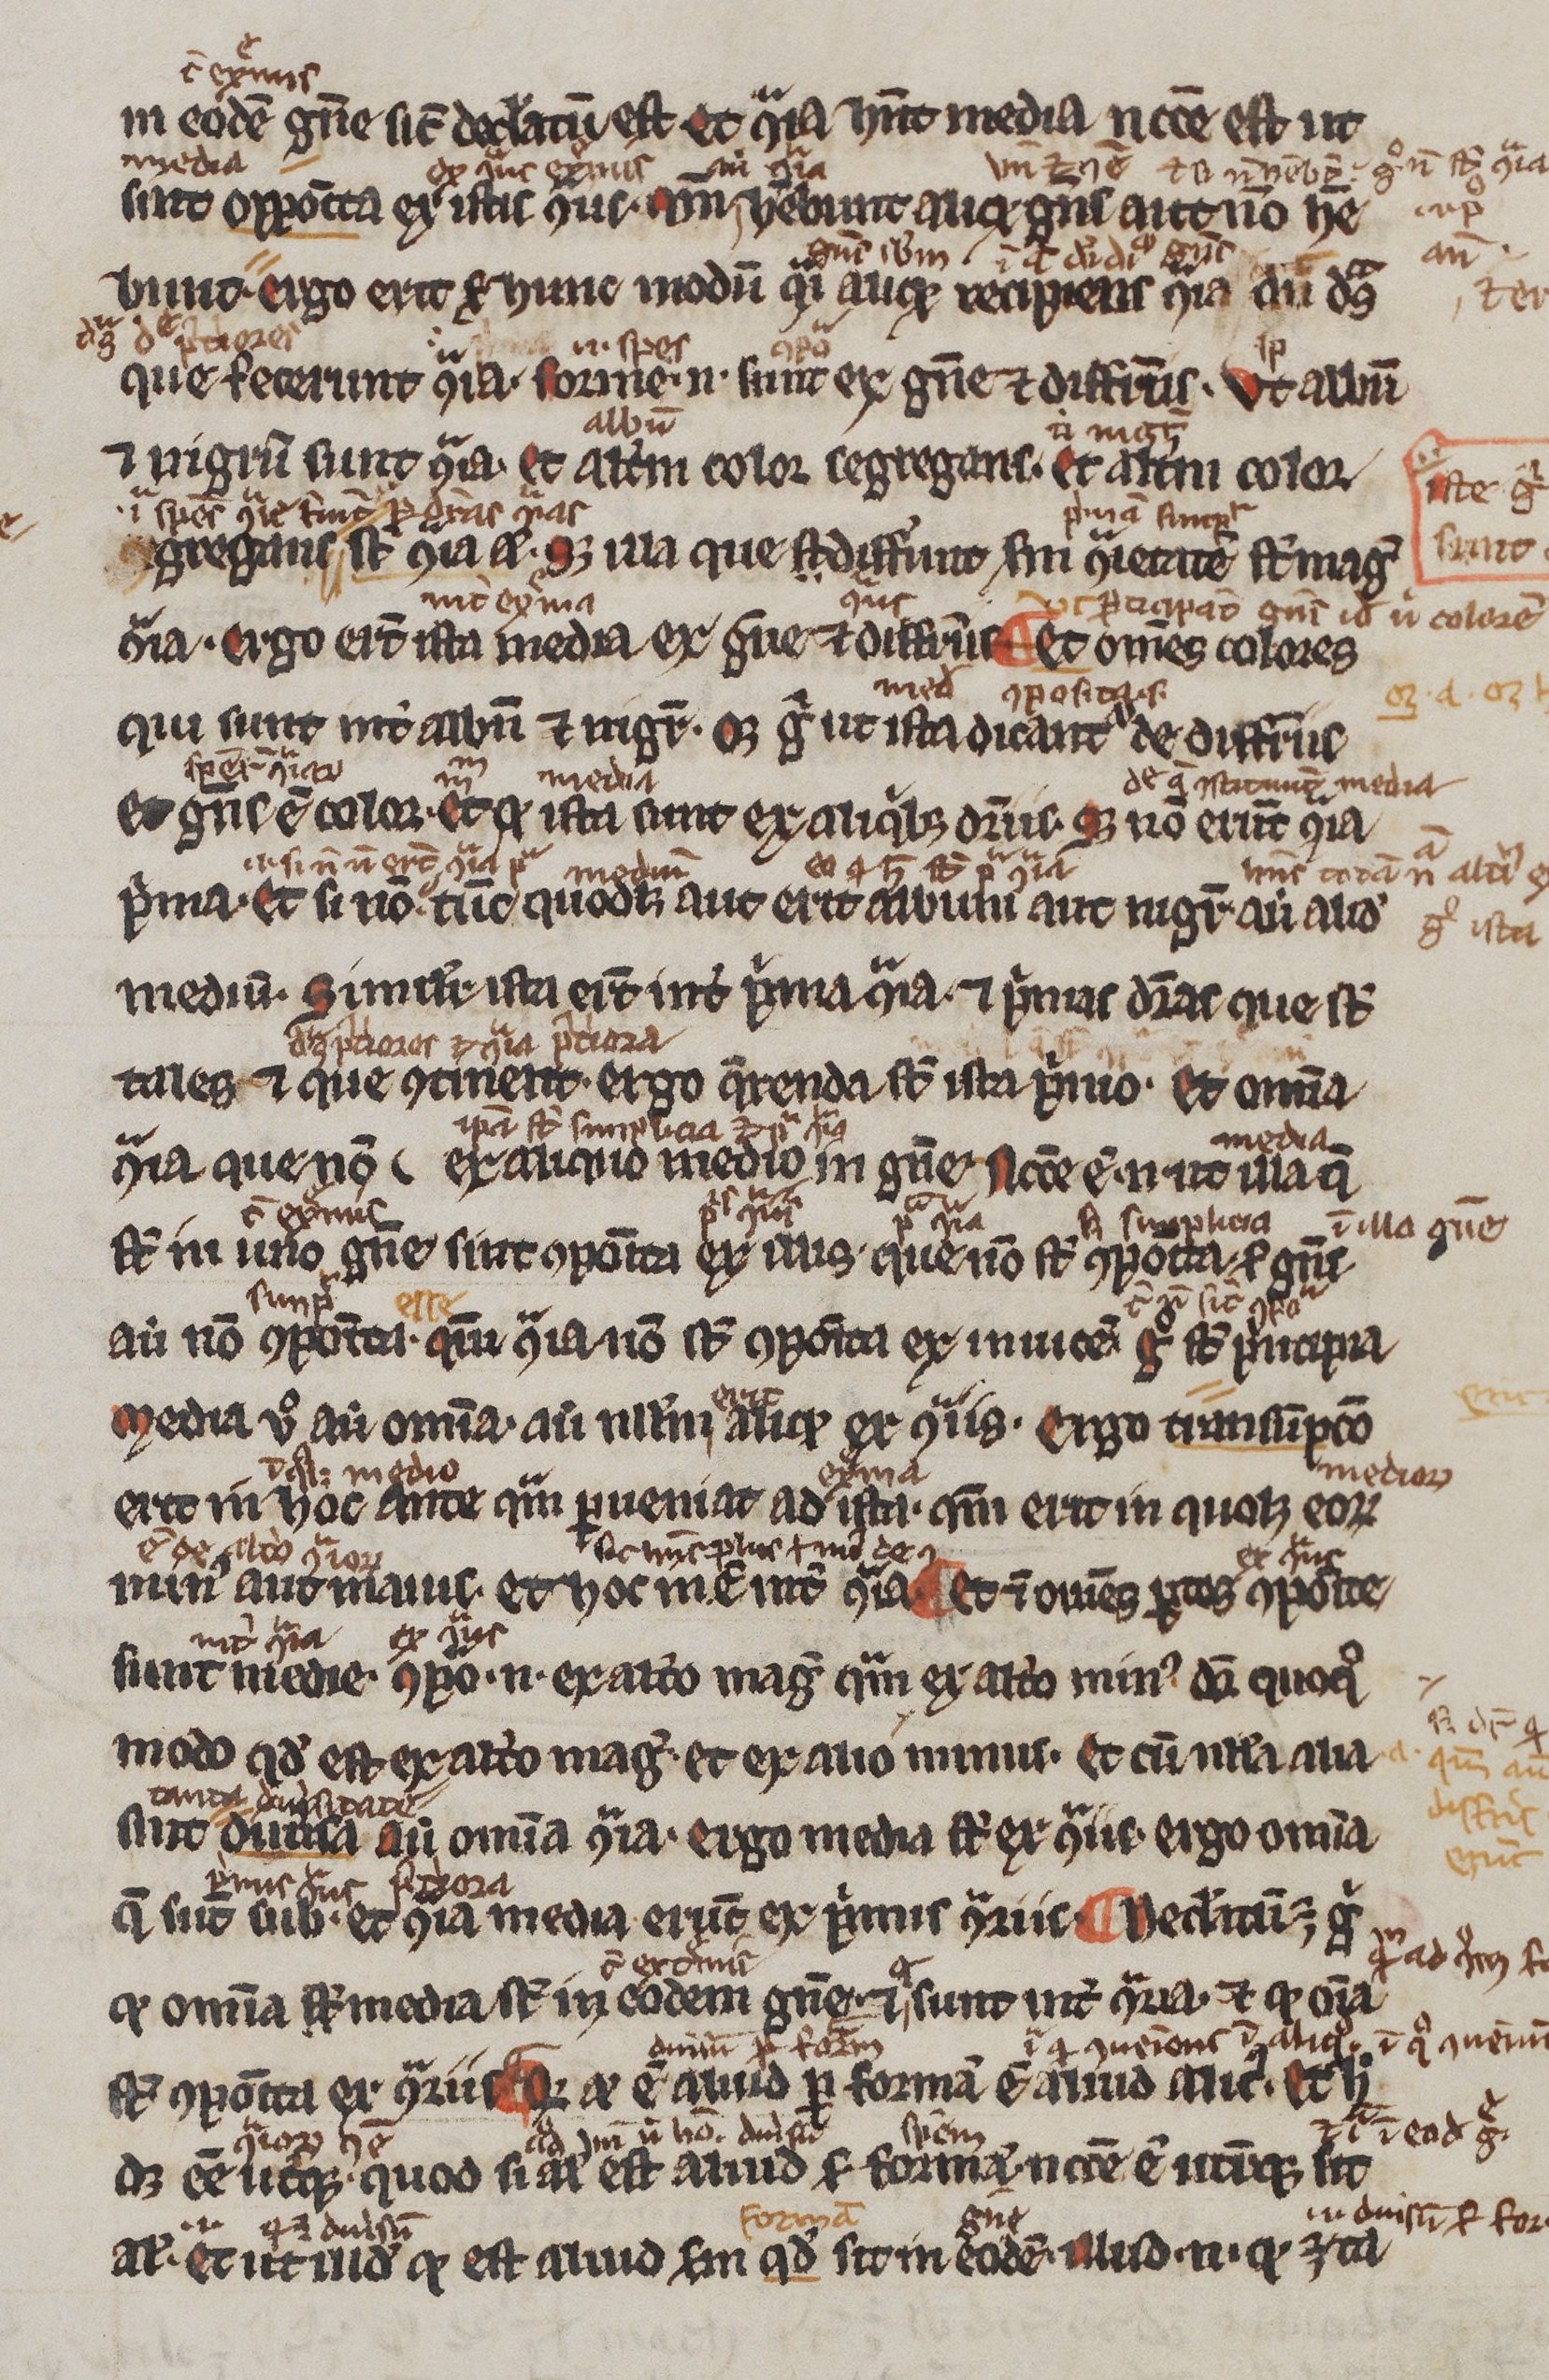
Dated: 1200–1299